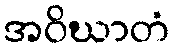
အဝိဃာတံ